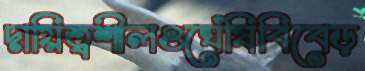
দায়িত্বশীলওঘেঁষিবিবেড়